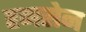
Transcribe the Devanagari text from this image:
हनसेन